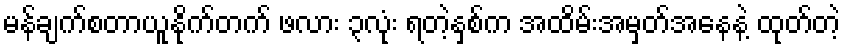
မန်ချက်စတာယူနိုက်တက် ဖလား ၃လုံး ရတဲ့နှစ်က အထိမ်းအမှတ်အနေနဲ့ ထုတ်တဲ့